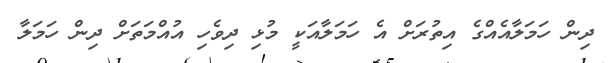
ދިން ހަމަލާއެއްގެ އިތުރަށް އެ ހަމަލާއަކީ މުޅި ދިވެހި އުއްމަތަށް ދިން ހަމަލާ